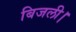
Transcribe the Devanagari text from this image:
बिजली।